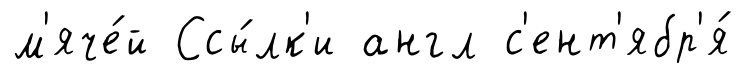
м'яче́й Ссы́лк'и англ с'ент'ябр'я́